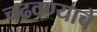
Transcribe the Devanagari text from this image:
चढवण्याचे